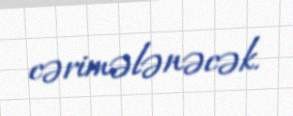
cərimələnəcək.